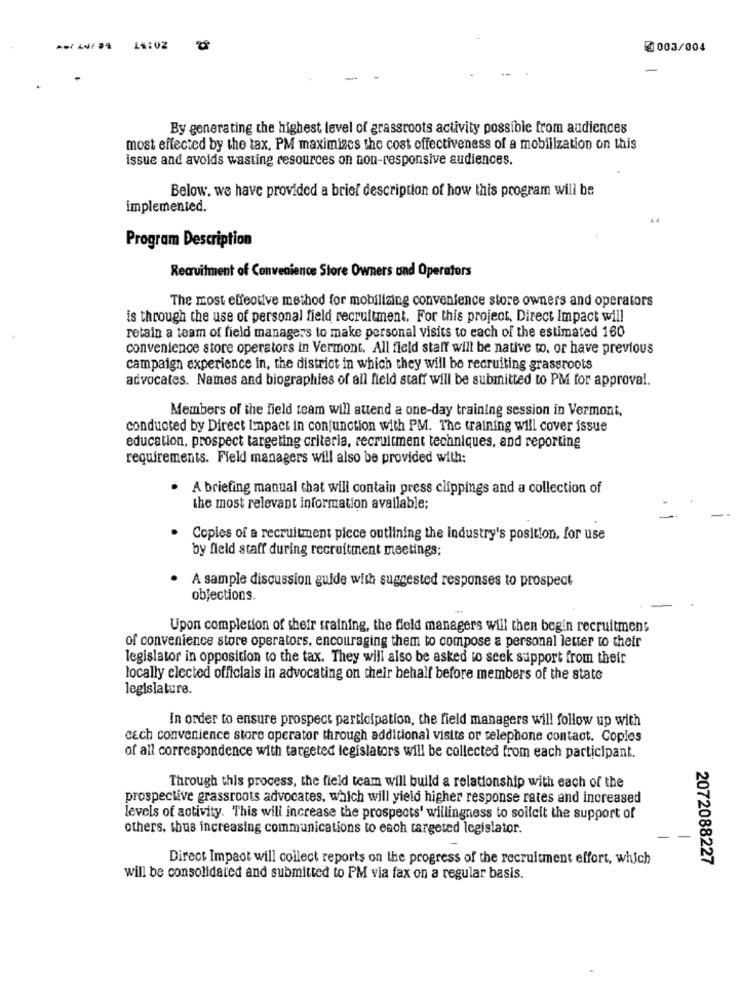
₡ 003/004
By generating the highest level of grassroots activity possible from audiences
most effected by the tax, PM maximizes the cost effectiveness of a mobilization on this
issue and avoids wasting resources on non-responsive audiences.
Below. we have provided a brief description of how this program will be
implemented.
Program Description
Recruitment of Convenience Store Owners und Operators
The most effective method for mobilizing convenience store owners and operators
is through the use of personal field recruitment. For this project, Direct Impact will
retain a team of field managers to make personal visits to each of the estimated 160
convenience store operators in Vermont. All field staff will be native to. or have previous
campaign experience in, the district in which they will be recruiting grassroots
advocates. Names and biographies of all field staff will be submitted to PM for approval.
Members of the field team will attend a one-day training session in Vermont,
conducted by Direct Impact in conjunction with PM. The training will cover issue
education, prospect targeting criteria, recruitment techniques, and reporting
requirements. Field managers will also be provided with:
A briefing manual that will contain press clippings and a collection of
the most relevant information available;
Copies of a recruitment piece outlining the industry's position, for use
by field staff during recruitment meetings;
A sample discussion guide with suggested responses to prospect
objections.
Upon completion of their training, the field managers will then begin recruitmens
of convenience store operators, encouraging them to compose a personal letter to their
legislator in opposition to the tax. They will also be asked to seek support from their
locally elected officials in advocating on their behalf before members of the state
legislature.
In order to ensure prospect participation, the field managers will follow up with
cech convenience store operator through additional visits or telephone contact. Copies
of all correspondence with targeted legislators will be collected from each participant.
Through this process, the field team will build a relationship with each of the
prospective grassroots advocates, which will yield higher response rates and increased
levels of activity. This will increase the prospects' willingness to solfelt the support of
others. thus increasing communications to each targeted legislator.
Direct Impact will collect reports on the progress of the recruitment effort, which
2072088227
will be consolidated and submitted to PM via fax on a regular basis.